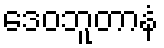
ဒေဝဘူတာနံ